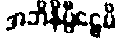
အဘိနိပ္ပီဠေမိ